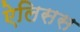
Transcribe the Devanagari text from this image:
ऐलिसस